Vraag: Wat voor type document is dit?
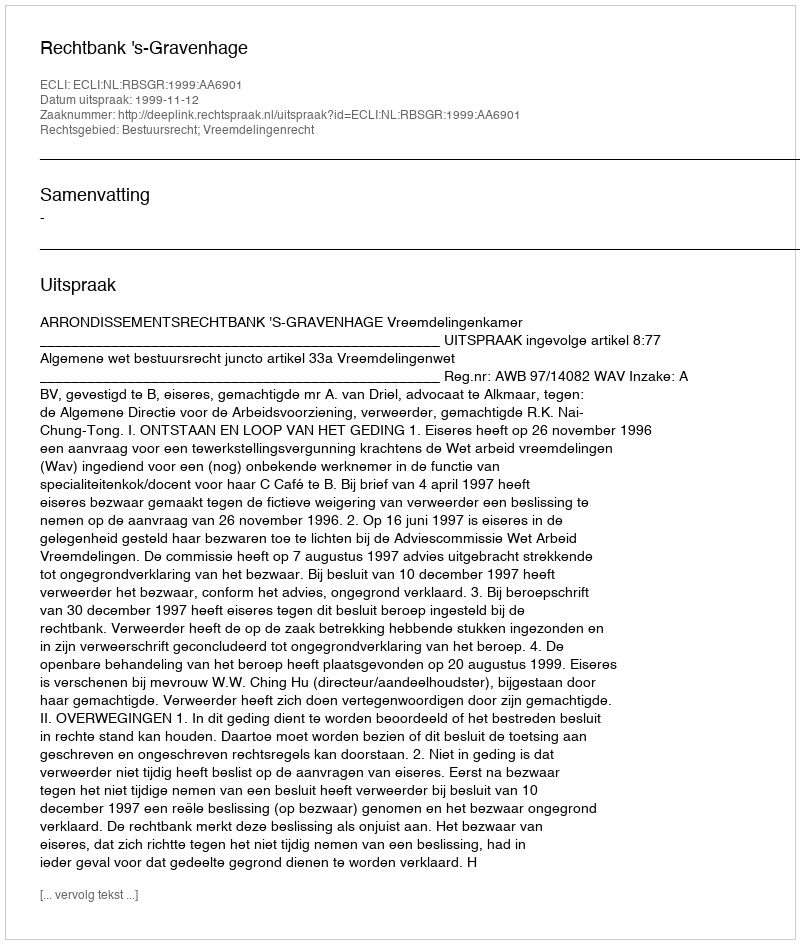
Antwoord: Uitspraak